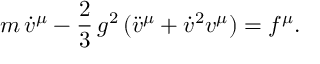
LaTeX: m \, { \dot { v } } ^ { \mu } - { \frac 2 3 } \, g ^ { 2 } \, ( { \ddot { v } } ^ { \mu } + { \dot { v } } ^ { 2 } v ^ { \mu } ) = f ^ { \mu } .